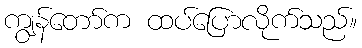
ကျွန်တော်က ထပ်ပြောလိုက်သည်။